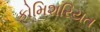
કોમિશરિયત